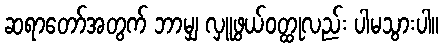
ဆရာတော်အတွက် ဘာမျှ လှူဖွယ်ဝတ္ထုလည်း ပါမသွားပါ။